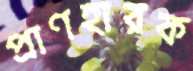
প্রাণহারক